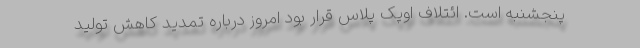
پنجشنبه است. ائتلاف اوپک پلاس قرار بود امروز درباره تمدید کاهش تولید